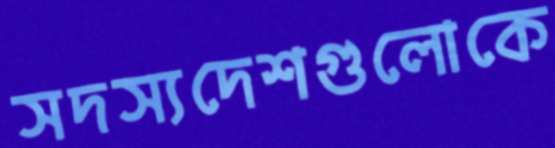
সদস্যদেশগুলোকে